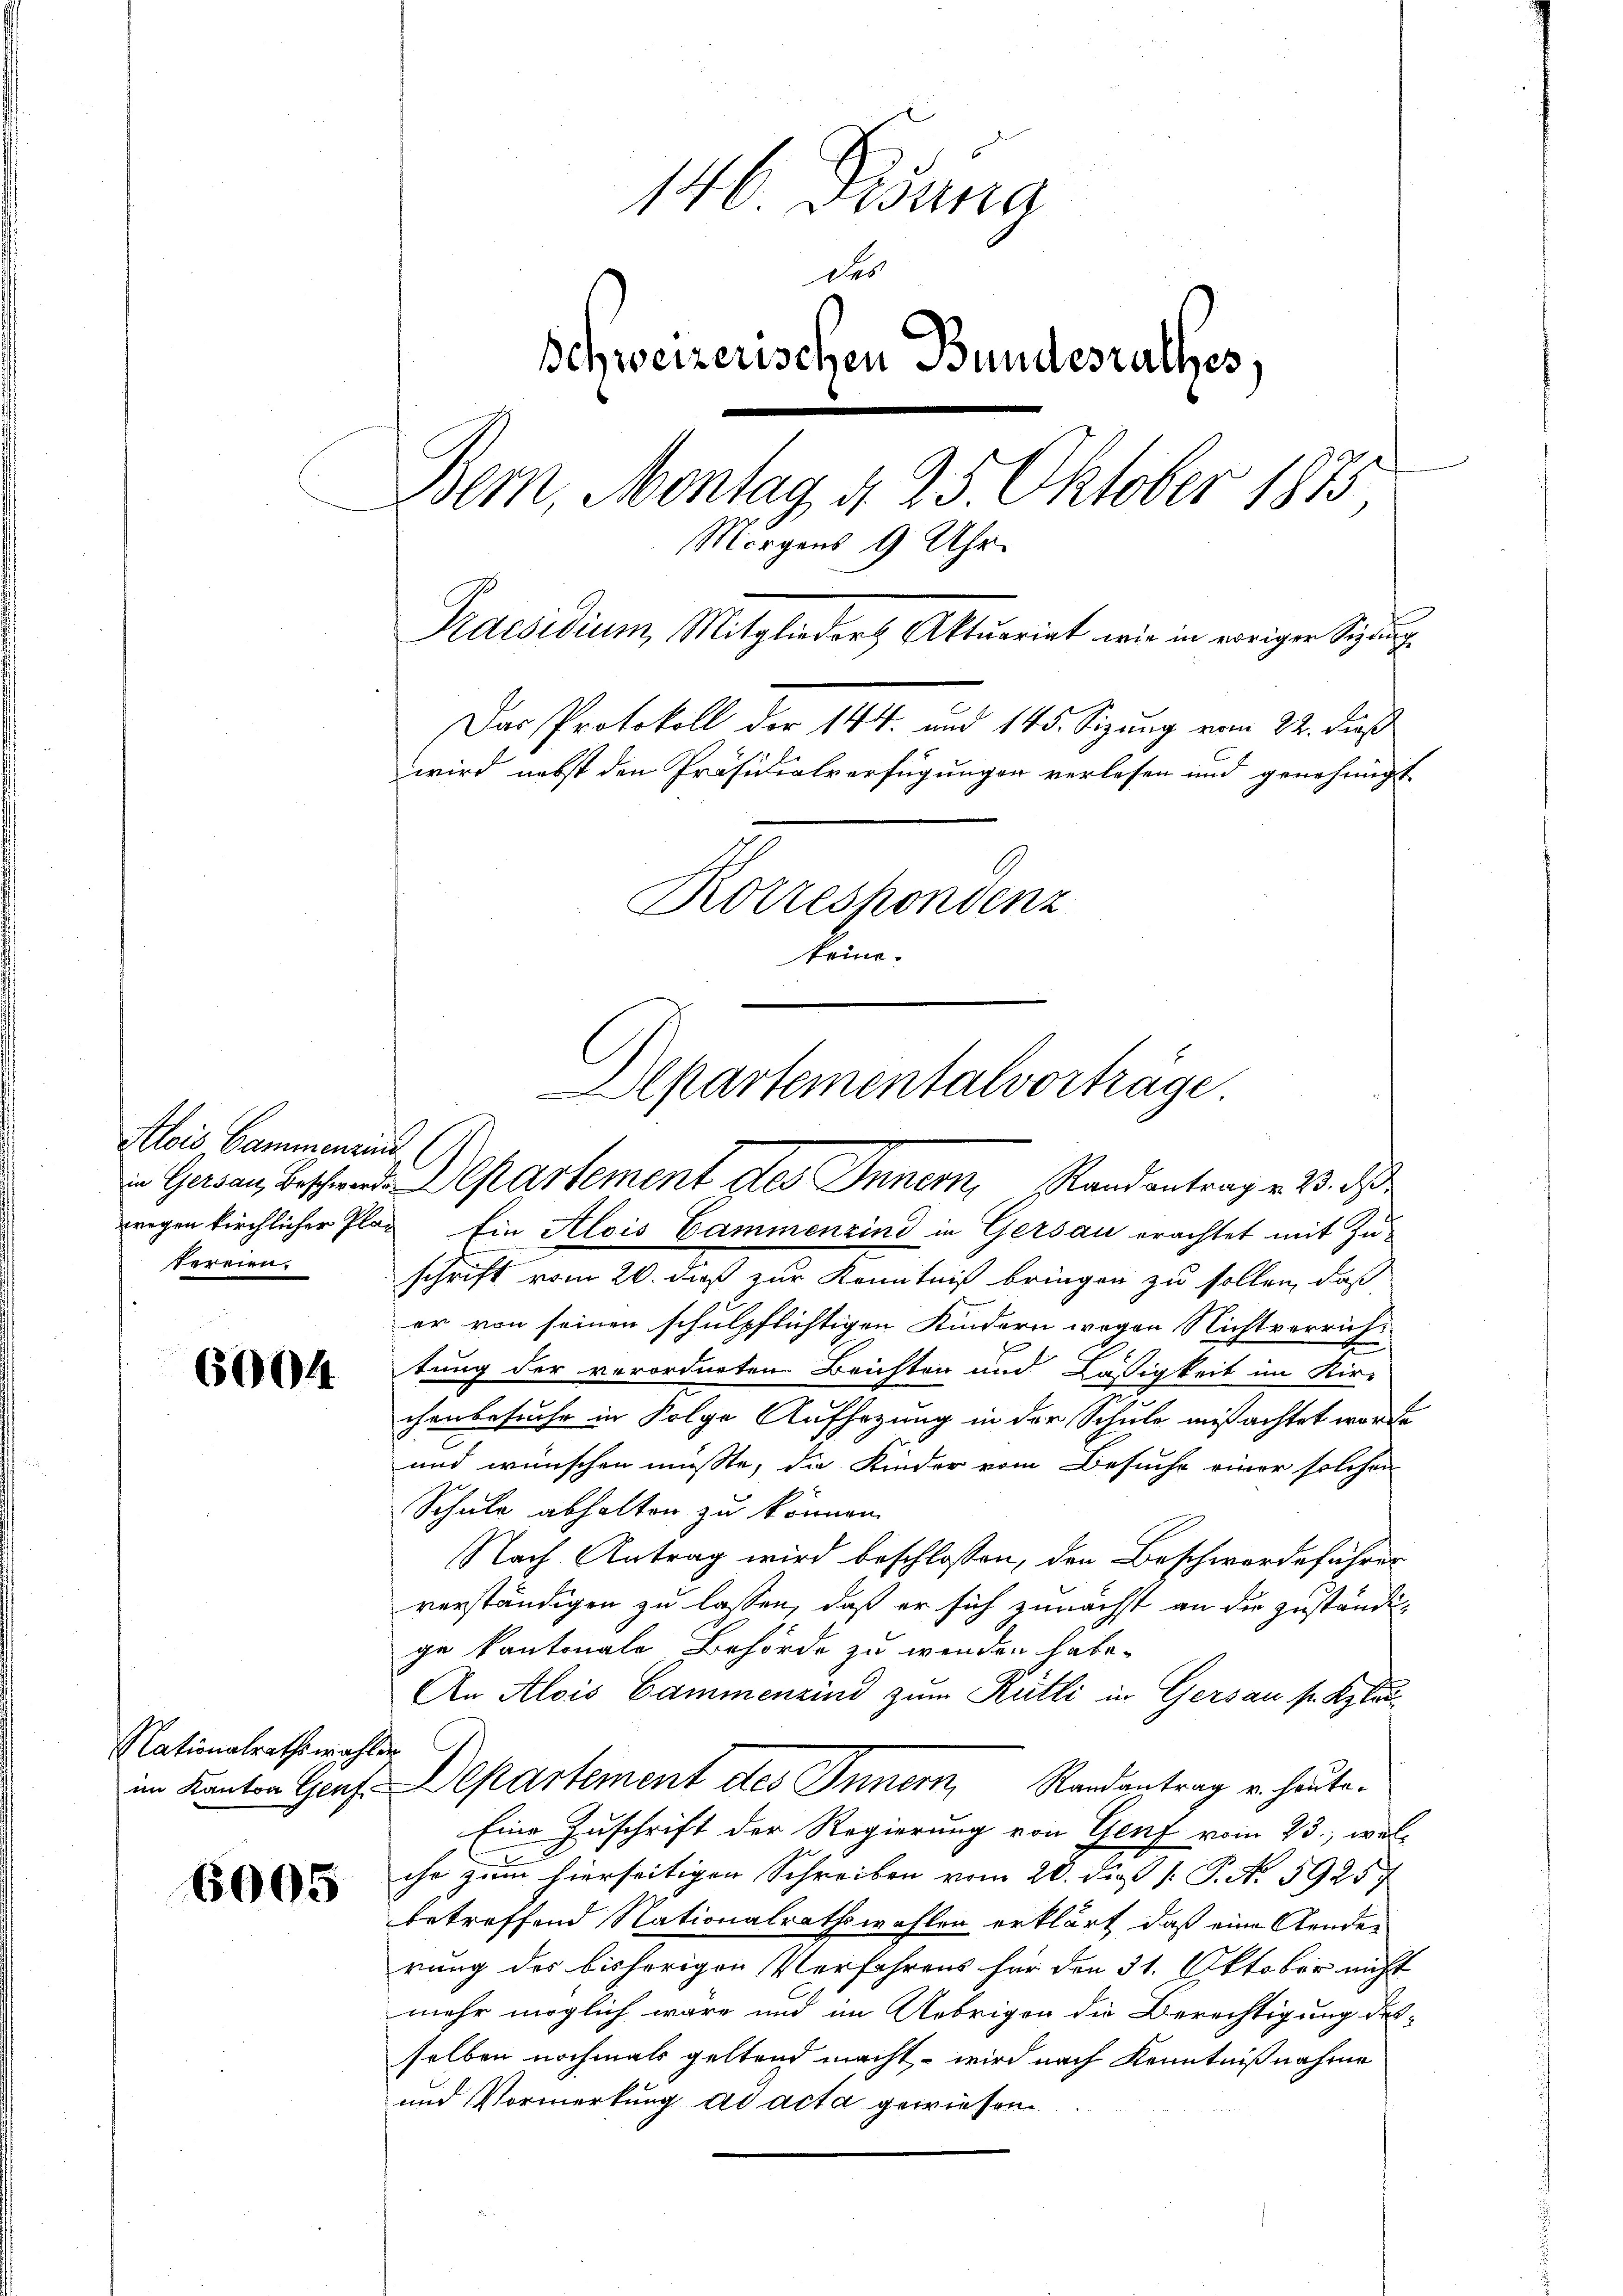
Alois Cammenzins
tereien.

6004

Nationalrathswahlen
im Kanton Genf

6005

146. Pisana
des
Schweizerischen Bundesrathes,
Bern, Montag d. 25. Oktober 1875
Morgens 9 Uhr.
Praesidium, Mitglieder Aktuariat wie in voriger Spruch
Das Protokoll der 144. und 145. Sizung vom 22. dieß
wird nebst den Präsidialverfügungen verlesen und genehmigt
Korrespondenz
teine.

Alpartementalvorträge.
in Gersau, Beschwende Departement des Inner, Randantrag v. 23. d

wegen kirchlicher Plaz Ein Alois Cammenzind in Gersau erachtet mit Zuschrift vom 20. dieß zur Kenntniß bringen zu sollen, daß
er von seinen schulpflichtigen Kindern wegen Nichtverrichtung der verordneten Brichten und Läsigkeit im Kir-
chenbesuche in Folge Aufsezung in der Schule mißachtet worde
und wünschen müsste, die Kinder vom Besuche einer solchen
Schule abhalten zu können.
Nach Antrag wird beschlossen, den Beschwerdeführer
verständigen zu lassen, daß er sich zunächst an die zuständige kantonale Behörde zu werden habe.
An Alois Cammenzind zum Rütli in Gersau s. Klau
Departement des Innern, Randantrag v. heute.
Eine Zuschrift der Regierung von Genf vom 23., wel-
n
ihr zum hierseitigen Schreiben vom 20. die P. No. 59257
betreffend Nationalrathswahlen erklärt, daß eine Aenderung des bisherigen Verfahrens für den 31. Oktober nicht
mehr möglich wäre und im Uebrigen die Berechtigung des-
selben nochmals geltend macht, – wird nach Kenntnißnahme
und Vormerkung ad acta gewiesen.